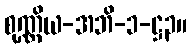
စုဏ္ဏိယ-အဘိ-၁-ဋ္ဌ၃။